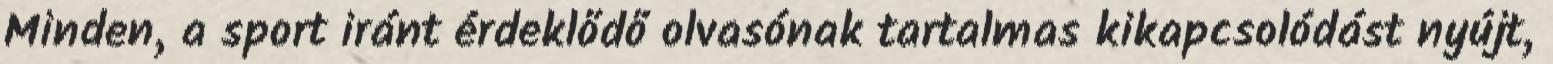
Minden, a sport iránt érdeklődő olvasónak tartalmas kikapcsolódást nyújt,